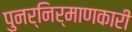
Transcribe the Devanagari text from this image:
पुनर्निर्माणकारी